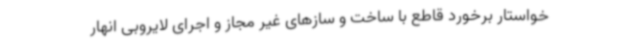
خواستار برخورد قاطع با ساخت و سازهای غیر مجاز و اجرای لایروبی انهار